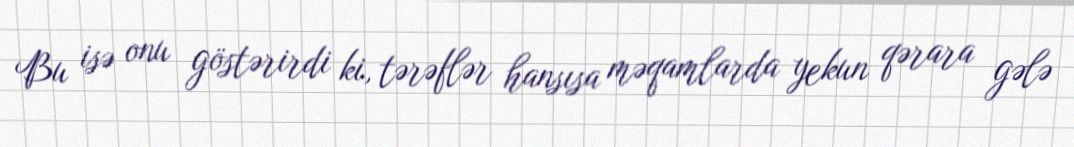
Bu isə onu göstərirdi ki, tərəflər hansısa məqamlarda yekun qərara gələ